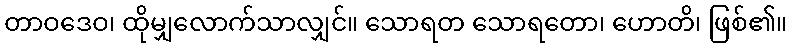
တာဝဒေဝ၊ ထိုမျှလောက်သာလျှင်။ သောရတ သောရတော၊ ဟောတိ၊ ဖြစ်၏။